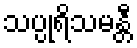
သပ္ပုရိသမန္တီ